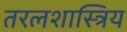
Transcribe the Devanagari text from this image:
तरलशास्त्रिय